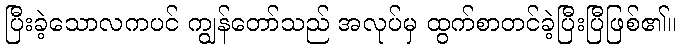
ပြီးခဲ့သောလကပင် ကျွန်တော်သည် အလုပ်မှ ထွက်စာတင်ခဲ့ပြီးပြီဖြစ်၏။